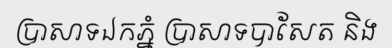
ប្រាសាទឯកភ្នំ ប្រាសាទបាសែត និង